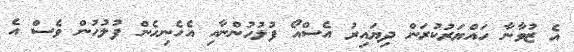
އެ ޒުވާނާ ހައްޔަރުކުރަން ދިޔައިރު އެސްއޯ ފުލުހުންނާއި އެހެނިހެން ފުލުހުން ވެސް އެ